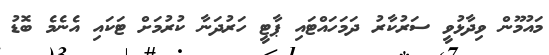
މައުމޫން ވިދާޅުވީ ސަރުކާރު ދަމަހައްޓައި ޕާޓީ ހަރުދަނާ ކުރުމަށް ޓަކައި އެނެމެ ބޮޑު